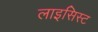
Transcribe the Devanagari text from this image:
लाइसिस्ट